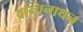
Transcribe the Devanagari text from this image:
वन्चिनाथन